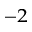
^ { - 2 }